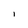
Character: I